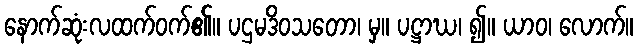
နောက်ဆုံးလထက်ဝက်၏။ ပဌမဒိဝသတော၊ မှ။ ပဋ္ဌာဃ၊ ၍။ ယာဝ၊ လောက်။